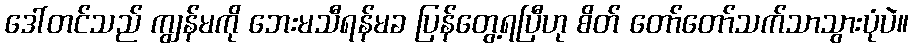
ဒေါ်တင်သည် ကျွန်မကို ဘေးမသီရန်မခ ပြန်တွေ့ရပြီဟု စိတ် တော်တော်သက်သာသွားပုံပဲ။